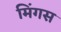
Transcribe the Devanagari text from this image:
मिंगस